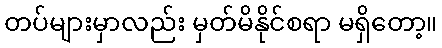
တပ်များမှာလည်း မှတ်မိနိုင်စရာ မရှိတော့။